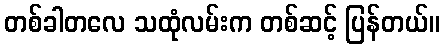
တစ်ခါတလေ သထုံလမ်းက တစ်ဆင့် ပြန်တယ်။